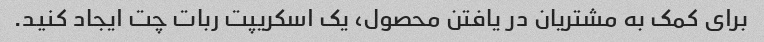
برای کمک به مشتریان در یافتن محصول، یک اسکریپت ربات چت ایجاد کنید.